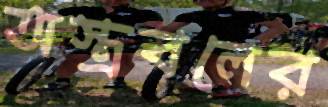
অস্ত্রবলের